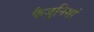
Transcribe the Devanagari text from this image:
फैजुनिशां